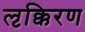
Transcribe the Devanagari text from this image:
लृक्किरण